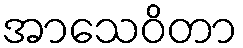
အာသေဝိတာ